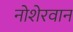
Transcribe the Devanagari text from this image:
नोशेरवान